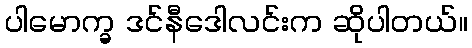
ပါမောက္ခ ဒင်နီဒေါလင်းက ဆိုပါတယ်။